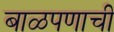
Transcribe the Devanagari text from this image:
बाळपणाची